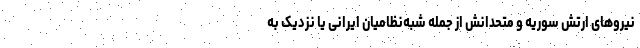
نیروهای ارتش سوریه و متحدانش از جمله شبه‌نظامیان ایرانی یا نزدیک به